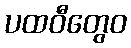
ပထဝီတွေဝ